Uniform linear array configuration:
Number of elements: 8
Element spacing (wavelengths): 0.75
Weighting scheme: kaiser
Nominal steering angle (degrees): -45
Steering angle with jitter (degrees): -46.126
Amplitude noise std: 0.05
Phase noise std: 0.05

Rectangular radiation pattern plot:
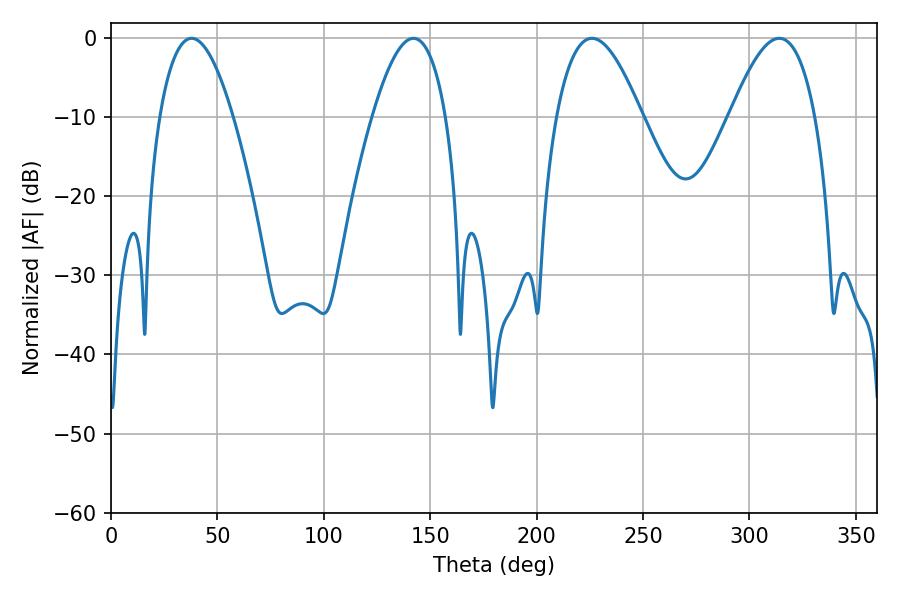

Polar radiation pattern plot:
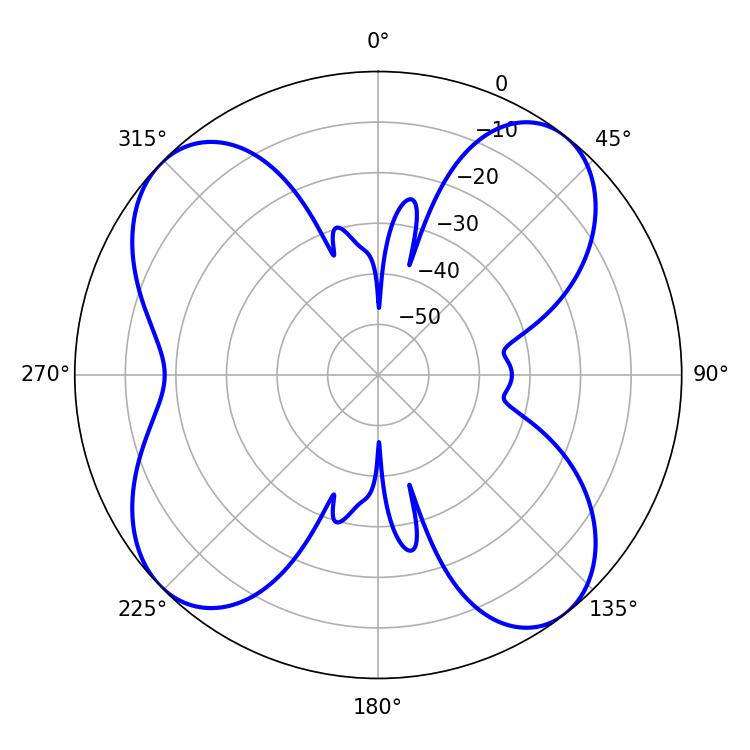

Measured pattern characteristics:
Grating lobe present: TRUE
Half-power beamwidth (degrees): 21.78
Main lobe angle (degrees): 226.08